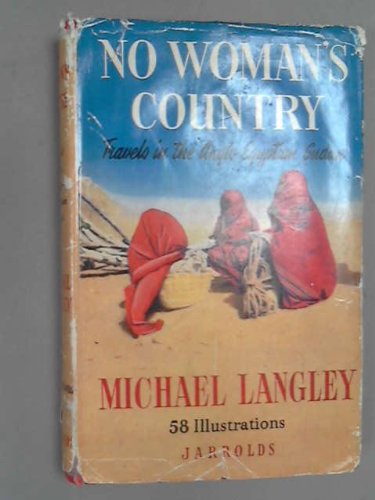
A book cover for No Woman's Country, travels in the Anglo-Egyptian Sudan; Michael LANGLEY; Travel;